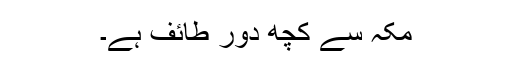
مکہ سے کچھ دور طائف ہے۔